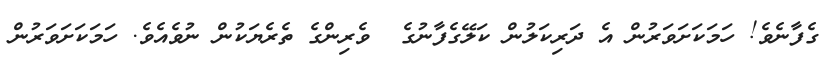
ގެފާނެވެ! ހަމަކަށަވަރުން އެ ދަރިކަލުން ކަލޭގެފާނުގެ  ވެރިންގެ ތެރެޔަކުން ނުވެއެވެ. ހަމަކަށަވަރުން